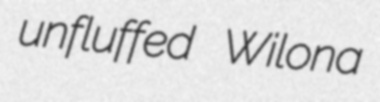
unfluffed Wilona